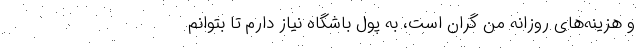
و هزینه‌های روزانه من گران است، به پول باشگاه نیاز دارم تا بتوانم